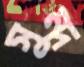
সুন্দ